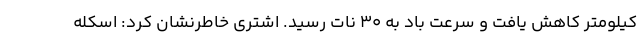
کیلومتر کاهش یافت و سرعت باد به ۳۰ نات رسید. اشتری خاطرنشان کرد: اسکله